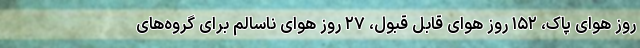
روز هوای پاک، ۱۵۲ روز هوای قابل قبول، ۲۷ روز هوای ناسالم برای گروه‌های